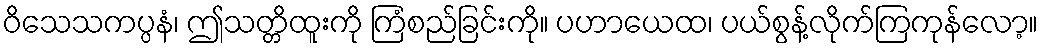
ဝိသေသကပ္ပနံ၊ ဤသတ္တိထူးကို ကြံစည်ခြင်းကို။ ပဟာယေထ၊ ပယ်စွန့်လိုက်ကြကုန်လော့။